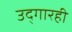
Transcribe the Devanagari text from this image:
उद्‌गारही